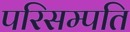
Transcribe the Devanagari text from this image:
परिसम्पति